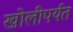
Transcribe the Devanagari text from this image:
खोलीपर्यत